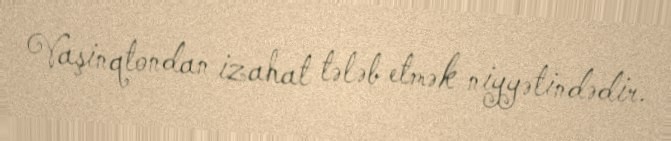
Vaşinqtondan izahat tələb etmək niyyətindədir.